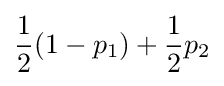
{\frac {1}{2}}(1-p_{1})+{\frac {1}{2}}p_{2}